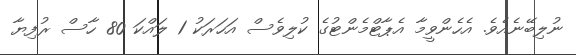
ނުލިބޭނެއެވެ. އެހެންވީމާ އެޕާޓްމެންޓުގެ ކުލިވެސް އަހަރަކު 1 ލައްކަ 80 ހާސް ރުފިޔާ